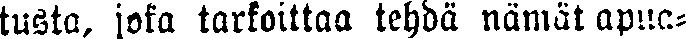
tusta, joka tarkoittaa tehdä nämät apua-